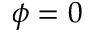
\phi = 0